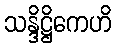
သန္ဒိဋ္ဌိကေဟိ